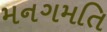
મનગમતિ